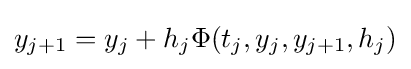
y_{j+1}=y_{j}+h_{j}\Phi (t_{j},y_{j},y_{j+1},h_{j})